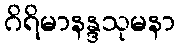
ဂိရိမာနန္ဒသုမနာ